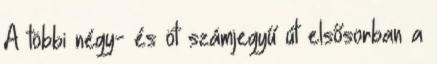
A többi négy- és öt számjegyű út elsősorban a